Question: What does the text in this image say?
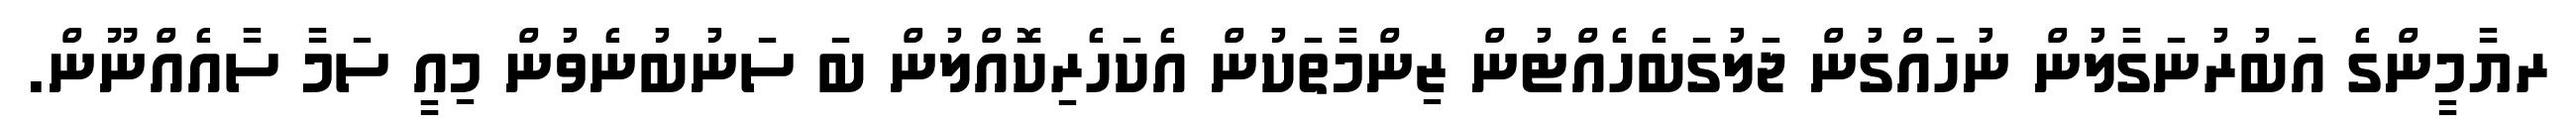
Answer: ރޔާމީންގެ އަބުރުނަގާލުން ނުހައްގުން ޖަލުގަބެހެއްޓުން ޒިންމާތަކުން އެކަހެރިކޮއްލުން ބަ ސަނުބުނެވުން މިއީ ސަމާ ސާއެއްނޫން.